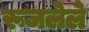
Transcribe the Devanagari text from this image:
रूजलेले